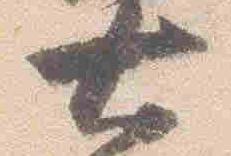
大